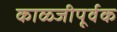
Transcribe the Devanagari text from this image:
काळ्जीपूर्वक